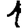
Digit: 1